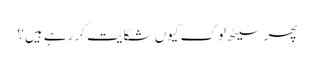
پھر سیٹھ لوگ کیوں شکایت کر رہے ہیں؟